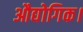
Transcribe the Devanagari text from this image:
औद्योगिक।